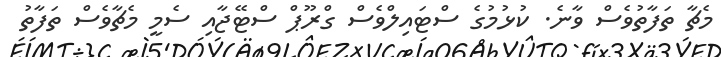
މެޗާ ތަފާތުވެސް ވާނެ. ކުޅުމުގެ ސްޓައިލްވެސް ގްރޫޕް ސްޓޭޖާއި ސެމީ މެޗާވެސް ތަފާތު